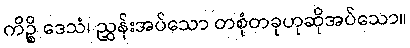
ကိဉ္စိ ဒေသံ၊ ညွှန်းအပ်သော တစုံတခုဟုဆိုအပ်သော။